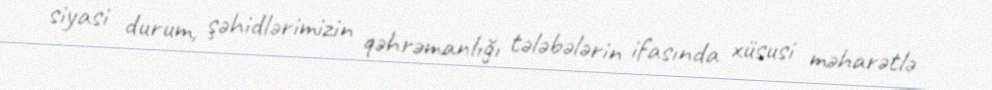
siyasi durum, şəhidlərimizin qəhrəmanlığı tələbələrin ifasında xüsusi məharətlə